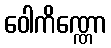
ဝေါကိဏ္ဏော